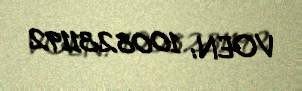
VOEN: 1008231192